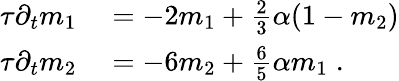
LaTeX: \begin{array}{rl}{\tau\partial_{t}m_{1}}&{{}=-2m_{1}+\frac{2}{3}\alpha(1-m_{2})}\\ {\tau\partial_{t}m_{2}}&{{}=-6m_{2}+\frac{6}{5}\alpha m_{1}\; .}\end{array}